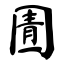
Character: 圊